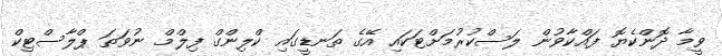
ވީމާ ދޮންކެޔޮ ފައްކާވުން ލަސްކުރުމަށްޓަކައި އޭގެ ތަނޑީގައި ކްލިންގް ފިލްމް ނުވަތަ ޕްލާސްޓިކް